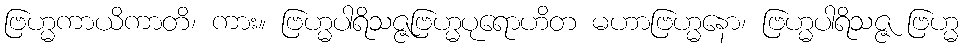
ဗြဟ္မကာယိကာတိ၊ ကား။ ဗြဟ္မပါရိသဇ္ဇဗြဟ္မပုရောဟိတ မဟာဗြဟ္မနော၊ ဗြဟ္မပါရိသဇ္ဇ ဗြဟ္မ